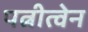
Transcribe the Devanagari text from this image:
पत्नीत्वेन